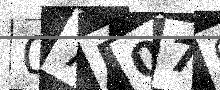
Text: 07P076